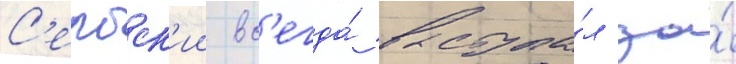
С'ербск'ии вс'егда́ выступа́л за́